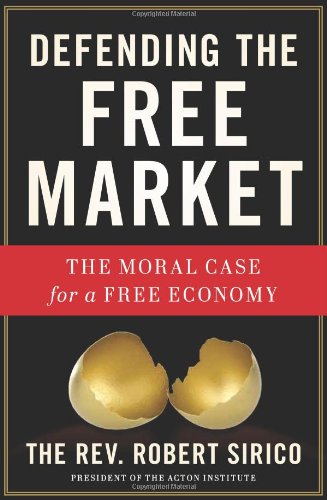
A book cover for Defending the Free Market: The Moral Case for a Free Economy; Robert A. Sirico; Business & Money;